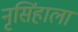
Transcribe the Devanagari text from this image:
नृसिंहाला